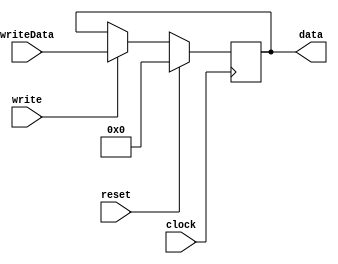
module BasePointerRegister (
   input         clock, write, reset,
   input [15:0]  writeData,
   output [15:0] data);
   reg [15:0]    basePointer;
   always @ (posedge clock) begin
      if (reset)
        basePointer = 16'b0;
      else if (write)
        basePointer = writeData;
   end
   assign data = basePointer;
endmodule